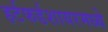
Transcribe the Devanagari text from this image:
हर्टफर्डशायरमध्ये